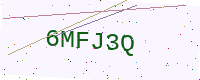
Text: 6MFJ3Q